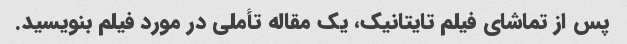
پس از تماشای فیلم تایتانیک، یک مقاله تأملی در مورد فیلم بنویسید.